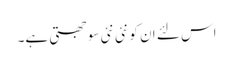
اس لئے ان کو نئی نئی سوجھتی ہے۔